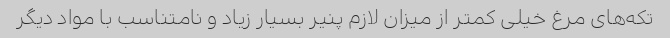
تکه‌های مرغ خیلی کمتر از میزان لازم پنیر بسیار زیاد و نامتناسب با مواد دیگر